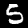
Digit: 5